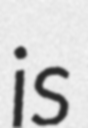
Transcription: is